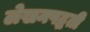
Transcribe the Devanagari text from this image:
लेखनपद्धती